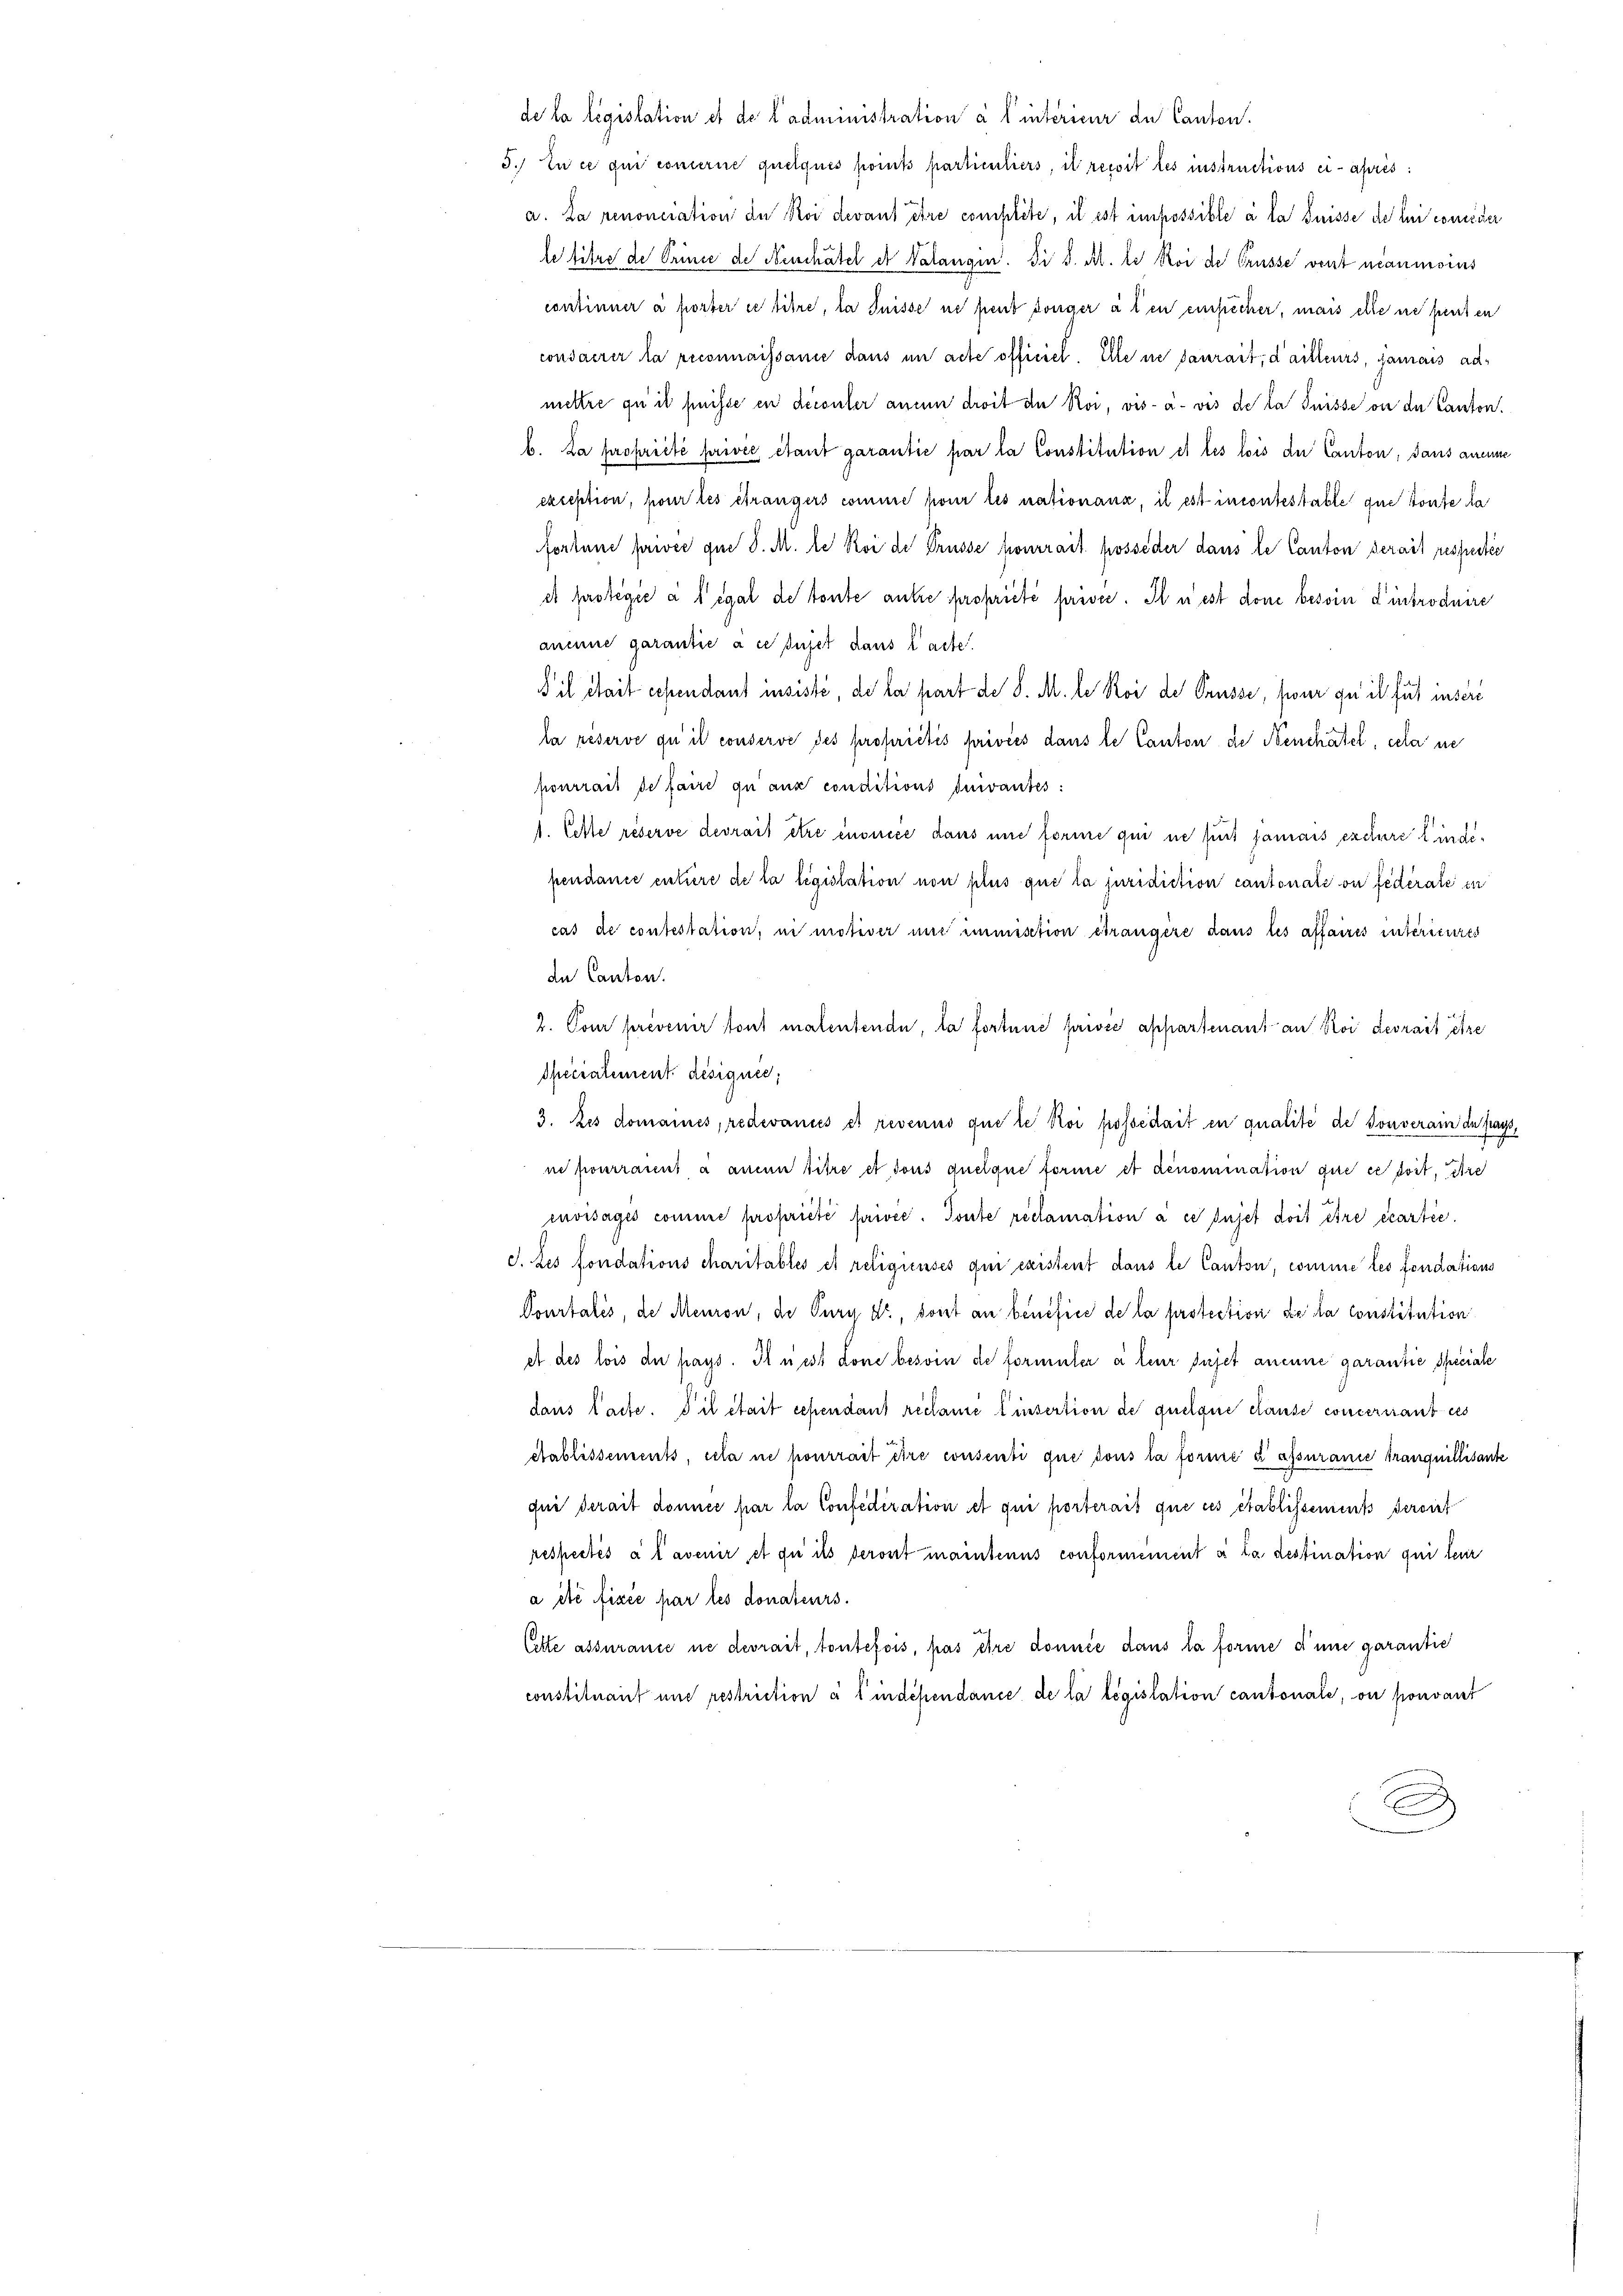
de la législation et de l’administration à l’interieur de Canton.
5. En ce qui concerne quelques ports particuliers, il recit les instructions ci-après:
a. La renonciation der Koi devant être complete, il ist impossible à la Suisse de lui consuer

le titre de Prince de Neuchâtel et Valangen. Si d. Al. 2 Koi de Grüsse vent néanmoins
continner à porter ce titre, la Suisse ne peut honger à ten einsicher, mais elle ne peut en
condaerer la reconnaissanie dans um acte officiel. Elle ne saurait, d’ailleurs, jamais admettre qui il freisse en découler anden droit de Roi, vis-à-vis de la Suisse ou de Canton.
b. La propriété privée étant garantie par la Constitution et les lois der Canton, dans aneine
exception, pour les étrangers comme pour les nationanz, il est incontestable que toute la
fortune priver qui d. M. le Roi der Prüsse hourrait posseder dans le Canton serait respectio
et protégie a legal de toute antre propriété privé. Il n’est don besoin d’introduire
aneine garantie à ce sujet dans l’acte.
 il était cependant insisté, de la part de d. M. le Roi der Prüsse, fwer zu il für insere
la réserve qu’ il conserve des proprietés privées dans le Canton de Neuchâtel, cela ne
pourrait de faire zu aux conditions quivantes:
1. Cette réserve devrait être énoncée dans une forme qui ne sut jamais exclure Kindependance entire de la législation non plus que la juridiction cantonale on federate in
cas de contestation, in motiver mir immisition étrangère dans les affaires intérieures
dn Canton.
2. Tour prevenir tout malentende, la fortune privée appartenant an Roi devrait etze
Specialement désigner,
3. Les domaines, redevancés et revenus que le Koi possédait en qualité de souverain de sass,
ne pourraint à ainen titre et dons quelque forme et dénomination que ce dort, die
mnoisagés comme propriété privée. Toute réclamation à ce sujet doit être écartie.
d. Les fondations charitables et religieuses qui existent dans le Canton, comme les fondations
Pourtalis, des Meuron, de Pury dr., dont an benefice de la protection de la constitution
et des lois der hays. Il nest done besoin de formeler à leur sujet aneine garantie, Speciale
dans lache. S’il était schendant reclame Einsertion de quelque cause concerirant es
ptablissements, cela in pourrait dire consenti que tous la forme à assuranie Tranquillisante
qui derait donnée par la Confederation et qui porterait que ces établissements Seront
respectés à l’avenir et du ils servirt mantenus conformément si la destination qui leur
a été fixée par les donateurs.
Cette assurance ne devrait, toutefois, pas être donnée dans la forme d’une garantie
constituant und restriction à 1 indépendance de la législation cantonale, ou pouvant
E